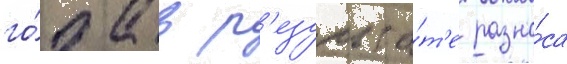
го́да в р'езульта́т'е разно́са